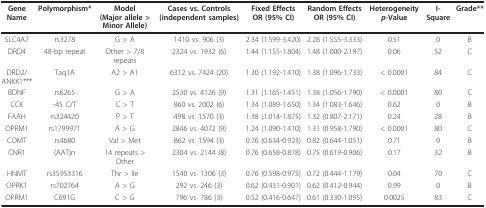
<table><thead><tr><td><b>GeneName</b></td><td><b>Polymorphism*</b></td><td><b>Model(Major allele &gt; Minor Allele)</b></td><td><b>Cases vs. Controls (independent samples)</b></td><td><b>Fixed Effects OR (95% CI)</b></td><td><b>Random Effects OR (95% CI)</b></td><td><b>Heterogeneity <i>p-</i>Value</b></td><td><b>I-Square</b></td><td><b>Grade**</b></td></tr></thead><tbody><tr><td>SLC4A7</td><td>rs3278</td><td>G &gt; A</td><td>1410 vs. 906 (3)</td><td>2.34 (1.599-3.420)</td><td>2.28 (1.555-3.333)</td><td>0.51</td><td>0</td><td>B</td></tr><tr><td>DRD4</td><td>48-bp repeat</td><td>Other &gt; 7/8 repeats</td><td>2324 vs. 1932 (6)</td><td>1.44 (1.155-1.804)</td><td>1.48 (1.000-2.197)</td><td>0.06</td><td>52</td><td>C</td></tr><tr><td>DRD2/ANKK1***</td><td>Taq1A</td><td>A2 &gt; A1</td><td>6312 vs. 7424 (20)</td><td>1.30 (1.192-1.410)</td><td>1.38 (1.096-1.733)</td><td>&lt; 0.0001</td><td>84</td><td>C</td></tr><tr><td>BDNF</td><td>rs6265</td><td>G &gt; A</td><td>2530 vs. 4126 (9)</td><td>1.31 (1.165-1.451)</td><td>1.38 (1.056-1.790)</td><td>&lt; 0.0001</td><td>80</td><td>C</td></tr><tr><td>CCK</td><td>-45 C/T</td><td>C &gt; T</td><td>860 vs. 2002 (6)</td><td>1.34 (1.089-1.650)</td><td>1.34 (1.083-1.646)</td><td>0.62</td><td>0</td><td>B</td></tr><tr><td>FAAH</td><td>rs324420</td><td>P &gt; T</td><td>498 vs. 1570 (3)</td><td>1.38 (1.014-1.875)</td><td>1.32 (0.807-2.171)</td><td>0.24</td><td>28</td><td>B</td></tr><tr><td>OPRM1</td><td>rs1799971</td><td>A &gt; G</td><td>2846 vs. 4072 (9)</td><td>1.24 (1.090-1.410)</td><td>1.31 (0.958-1.790)</td><td>&lt; 0.0001</td><td>80</td><td>C</td></tr><tr><td>COMT</td><td>rs4680</td><td>Val &gt; Met</td><td>862 vs. 1594 (3)</td><td>0.76 (0.634-0.923)</td><td>0.82 (0.644-1.051)</td><td>0.71</td><td>0</td><td>B</td></tr><tr><td>CNR1</td><td>(AAT)n</td><td>14 repeats &gt; Other</td><td>2304 vs. 2144 (8)</td><td>0.76 (0.658-0.878)</td><td>0.75 (0.619-0.906)</td><td>0.17</td><td>32</td><td>B</td></tr><tr><td>HNMT</td><td>rs35953316</td><td>Thr &gt; Ile</td><td>1540 vs. 1306 (3)</td><td>0.76 (0.598-0.975)</td><td>0.72 (0.444-1.179)</td><td>0.04</td><td>70</td><td>C</td></tr><tr><td>OPRK1</td><td>rs702764</td><td>A &gt; G</td><td>292 vs. 246 (3)</td><td>0.62 (0.431-0.901)</td><td>0.62 (0.412-0.944)</td><td>0.99</td><td>0</td><td>B</td></tr><tr><td>OPRM1</td><td>C691G</td><td>C &gt; G</td><td>796 vs. 786 (3)</td><td>0.52 (0.416-0.647)</td><td>0.61 (0.330-1.095)</td><td>0.0025</td><td>83</td><td>C</td></tr></tbody></table>